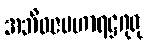
အဘိဓဇမဟာရဋ္ဌဂုရု